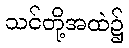
သင်တို့အထဲ၌